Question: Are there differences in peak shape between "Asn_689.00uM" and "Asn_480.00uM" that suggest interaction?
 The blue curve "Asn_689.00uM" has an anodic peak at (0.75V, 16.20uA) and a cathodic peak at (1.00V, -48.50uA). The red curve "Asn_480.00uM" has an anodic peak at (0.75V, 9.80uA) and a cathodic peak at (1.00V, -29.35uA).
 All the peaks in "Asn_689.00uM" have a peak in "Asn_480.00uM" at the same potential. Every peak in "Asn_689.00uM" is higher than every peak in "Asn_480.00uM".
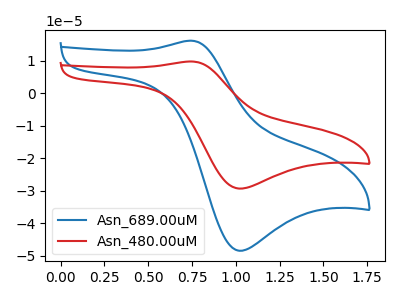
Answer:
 <answer>No, "Asn_689.00uM" and "Asn_480.00uM" don't appear to be significantly different in shape</answer>
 <eval>no_change</eval>